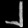
Digit: ၂